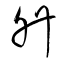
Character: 升